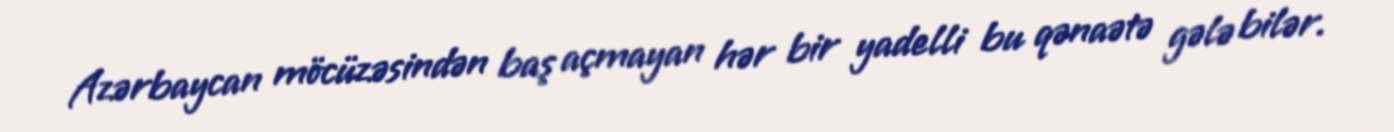
Azərbaycan möcüzəsindən baş açmayan hər bir yadelli bu qənaətə gələ bilər.